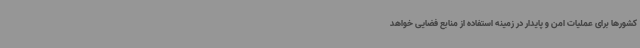
کشورها برای عملیات امن و پایدار در زمینه استفاده از منابع فضایی خواهد